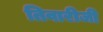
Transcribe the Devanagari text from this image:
तिवारीजी